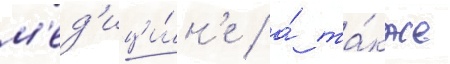
м'ед'ици́н'е / а́ та́кже